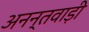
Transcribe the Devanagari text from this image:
अनन्तवाड़ी